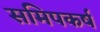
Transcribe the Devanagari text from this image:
समिपकर्ष